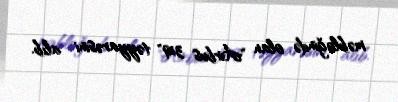
məbləğində olan "Airbus 319" təyyarəsini alıb.